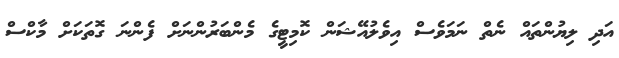
އަދި ލިޔުންތައް ނެތް ނަމަވެސް އިވެލުއޭޝަން ކޮމިޓީގެ މެންބަރުންނަށް ފެންނަ ގޮތަކަށް މާކްސް